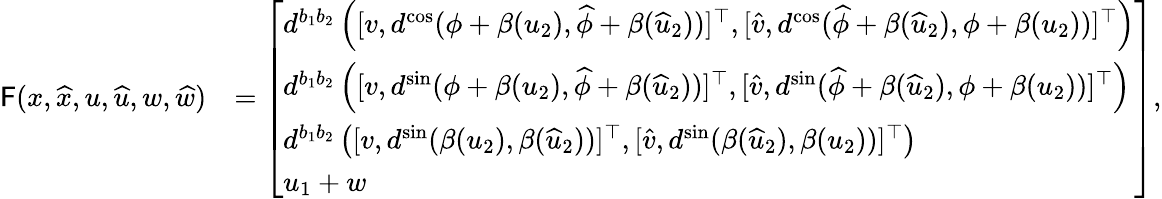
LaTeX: \begin{array}{rl}{\mathsf{F}({x},\widehat{x},{u},\widehat{u},{w},\widehat{w})}&{=\left[\begin{array}{l}{d^{b_{1}b_{2}}\left([{v},d^{\mathrm{cos}}({\phi}+\beta({u}_{2}),\widehat{\phi}+\beta(\widehat{u}_{2}))]^{\top},[\widehat{v},d^{\mathrm{cos}}(\widehat{\phi}+\beta(\widehat{u}_{2}),{\phi}+\beta({u}_{2}))]^{\top}\right)}\\ {d^{b_{1}b_{2}}\left([{v},d^{\mathrm{sin}}({\phi}+\beta({u}_{2}),\widehat{\phi}+\beta(\widehat{u}_{2}))]^{\top},[\widehat{v},d^{\mathrm{sin}}(\widehat{\phi}+\beta(\widehat{u}_{2}),{\phi}+\beta({u}_{2}))]^{\top}\right)}\\ {d^{b_{1}b_{2}}\left([{v},d^{\mathrm{sin}}(\beta({u}_{2}),\beta(\widehat{u}_{2}))]^{\top},[\widehat{v},d^{\mathrm{sin}}(\beta(\widehat{u}_{2}),\beta({u}_{2}))]^{\top}\right)}\\ {{u_{1}}+{w}}\end{array}\right],}\end{array}